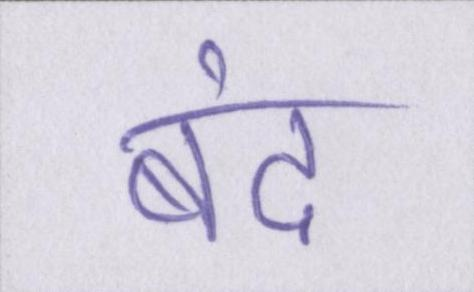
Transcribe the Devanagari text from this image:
बंद